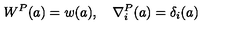
W ^ { P } ( a ) = w ( a ) , \quad \nabla _ { i } ^ { P } ( a ) = \delta _ { i } ( a )